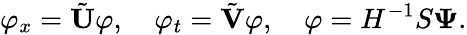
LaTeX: \varphi_{x}=\tilde{\mathbf{U}}\varphi,~~~~\varphi_{t}=\tilde{\mathbf{V}}\varphi,~~~~\varphi=H^{-1}S\mathbf{\Psi}.